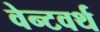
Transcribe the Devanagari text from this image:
वेन्टवर्थ